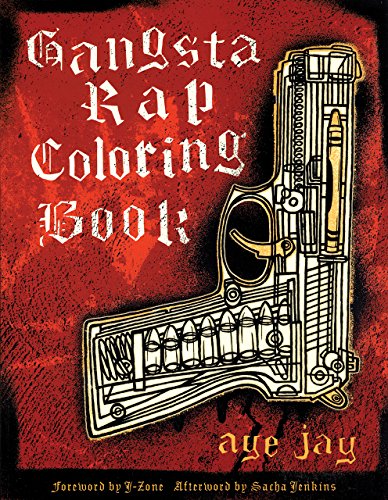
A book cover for Gangsta Rap Coloring Book; Anthony "Aye Jay" Morano; Arts & Photography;